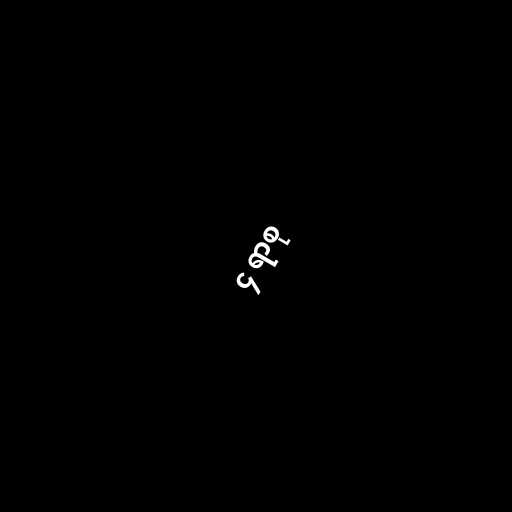
၄ ရာစု